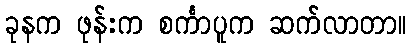
ခုနက ဖုန်းက စင်္ကာပူက ဆက်လာတာ။